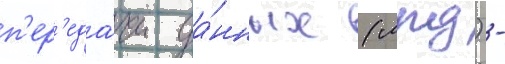
п'ер'еда́чи да́нных (лпд) -